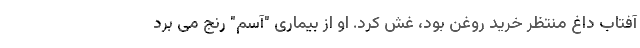
آفتاب داغ منتظر خرید روغن بود، غش کرد. او از بیماری "آسم" رنج می برد